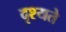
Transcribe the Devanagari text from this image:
दृश्यते